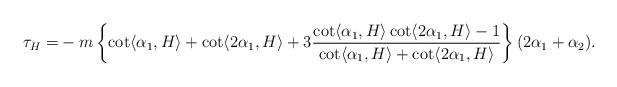
LaTeX: \begin{align*}\tau_{H}=&-m\left\{\cot\langle \alpha_{1}, H\rangle +\cot\langle 2\alpha_{1}, H\rangle+3 \frac{\cot \langle \alpha_{1}, H\rangle \cot \langle 2\alpha_{1}, H\rangle -1}{\cot \langle \alpha_{1}, H\rangle +\cot \langle 2\alpha_{1}, H\rangle}\right\}(2\alpha_{1}+\alpha_{2}).\end{align*}